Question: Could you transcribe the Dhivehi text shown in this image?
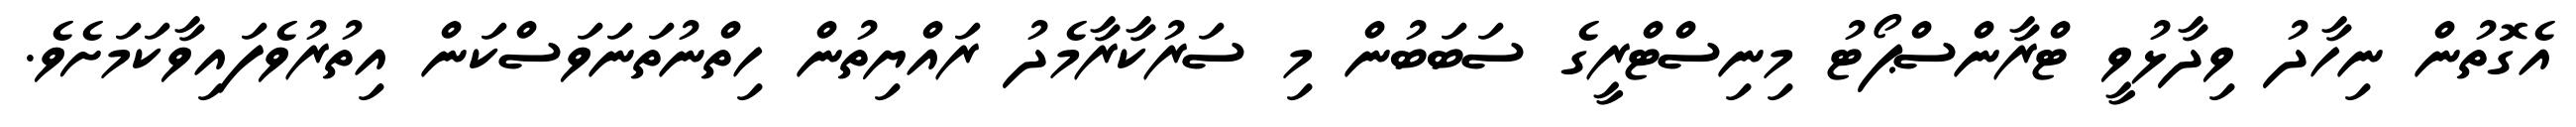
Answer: އެގޮތުން ނިހާދު ވިދާޅުވީ ޓްރާންސްޕޯޓު މިނިސްޓްރީގެ ސަބަބުން މި ސަރުކާރާމެދު ރައްޔިތުން ހިތްނުތަނަވަސްކަން އިތުރުވެފައިވާކަމަށެވެ.